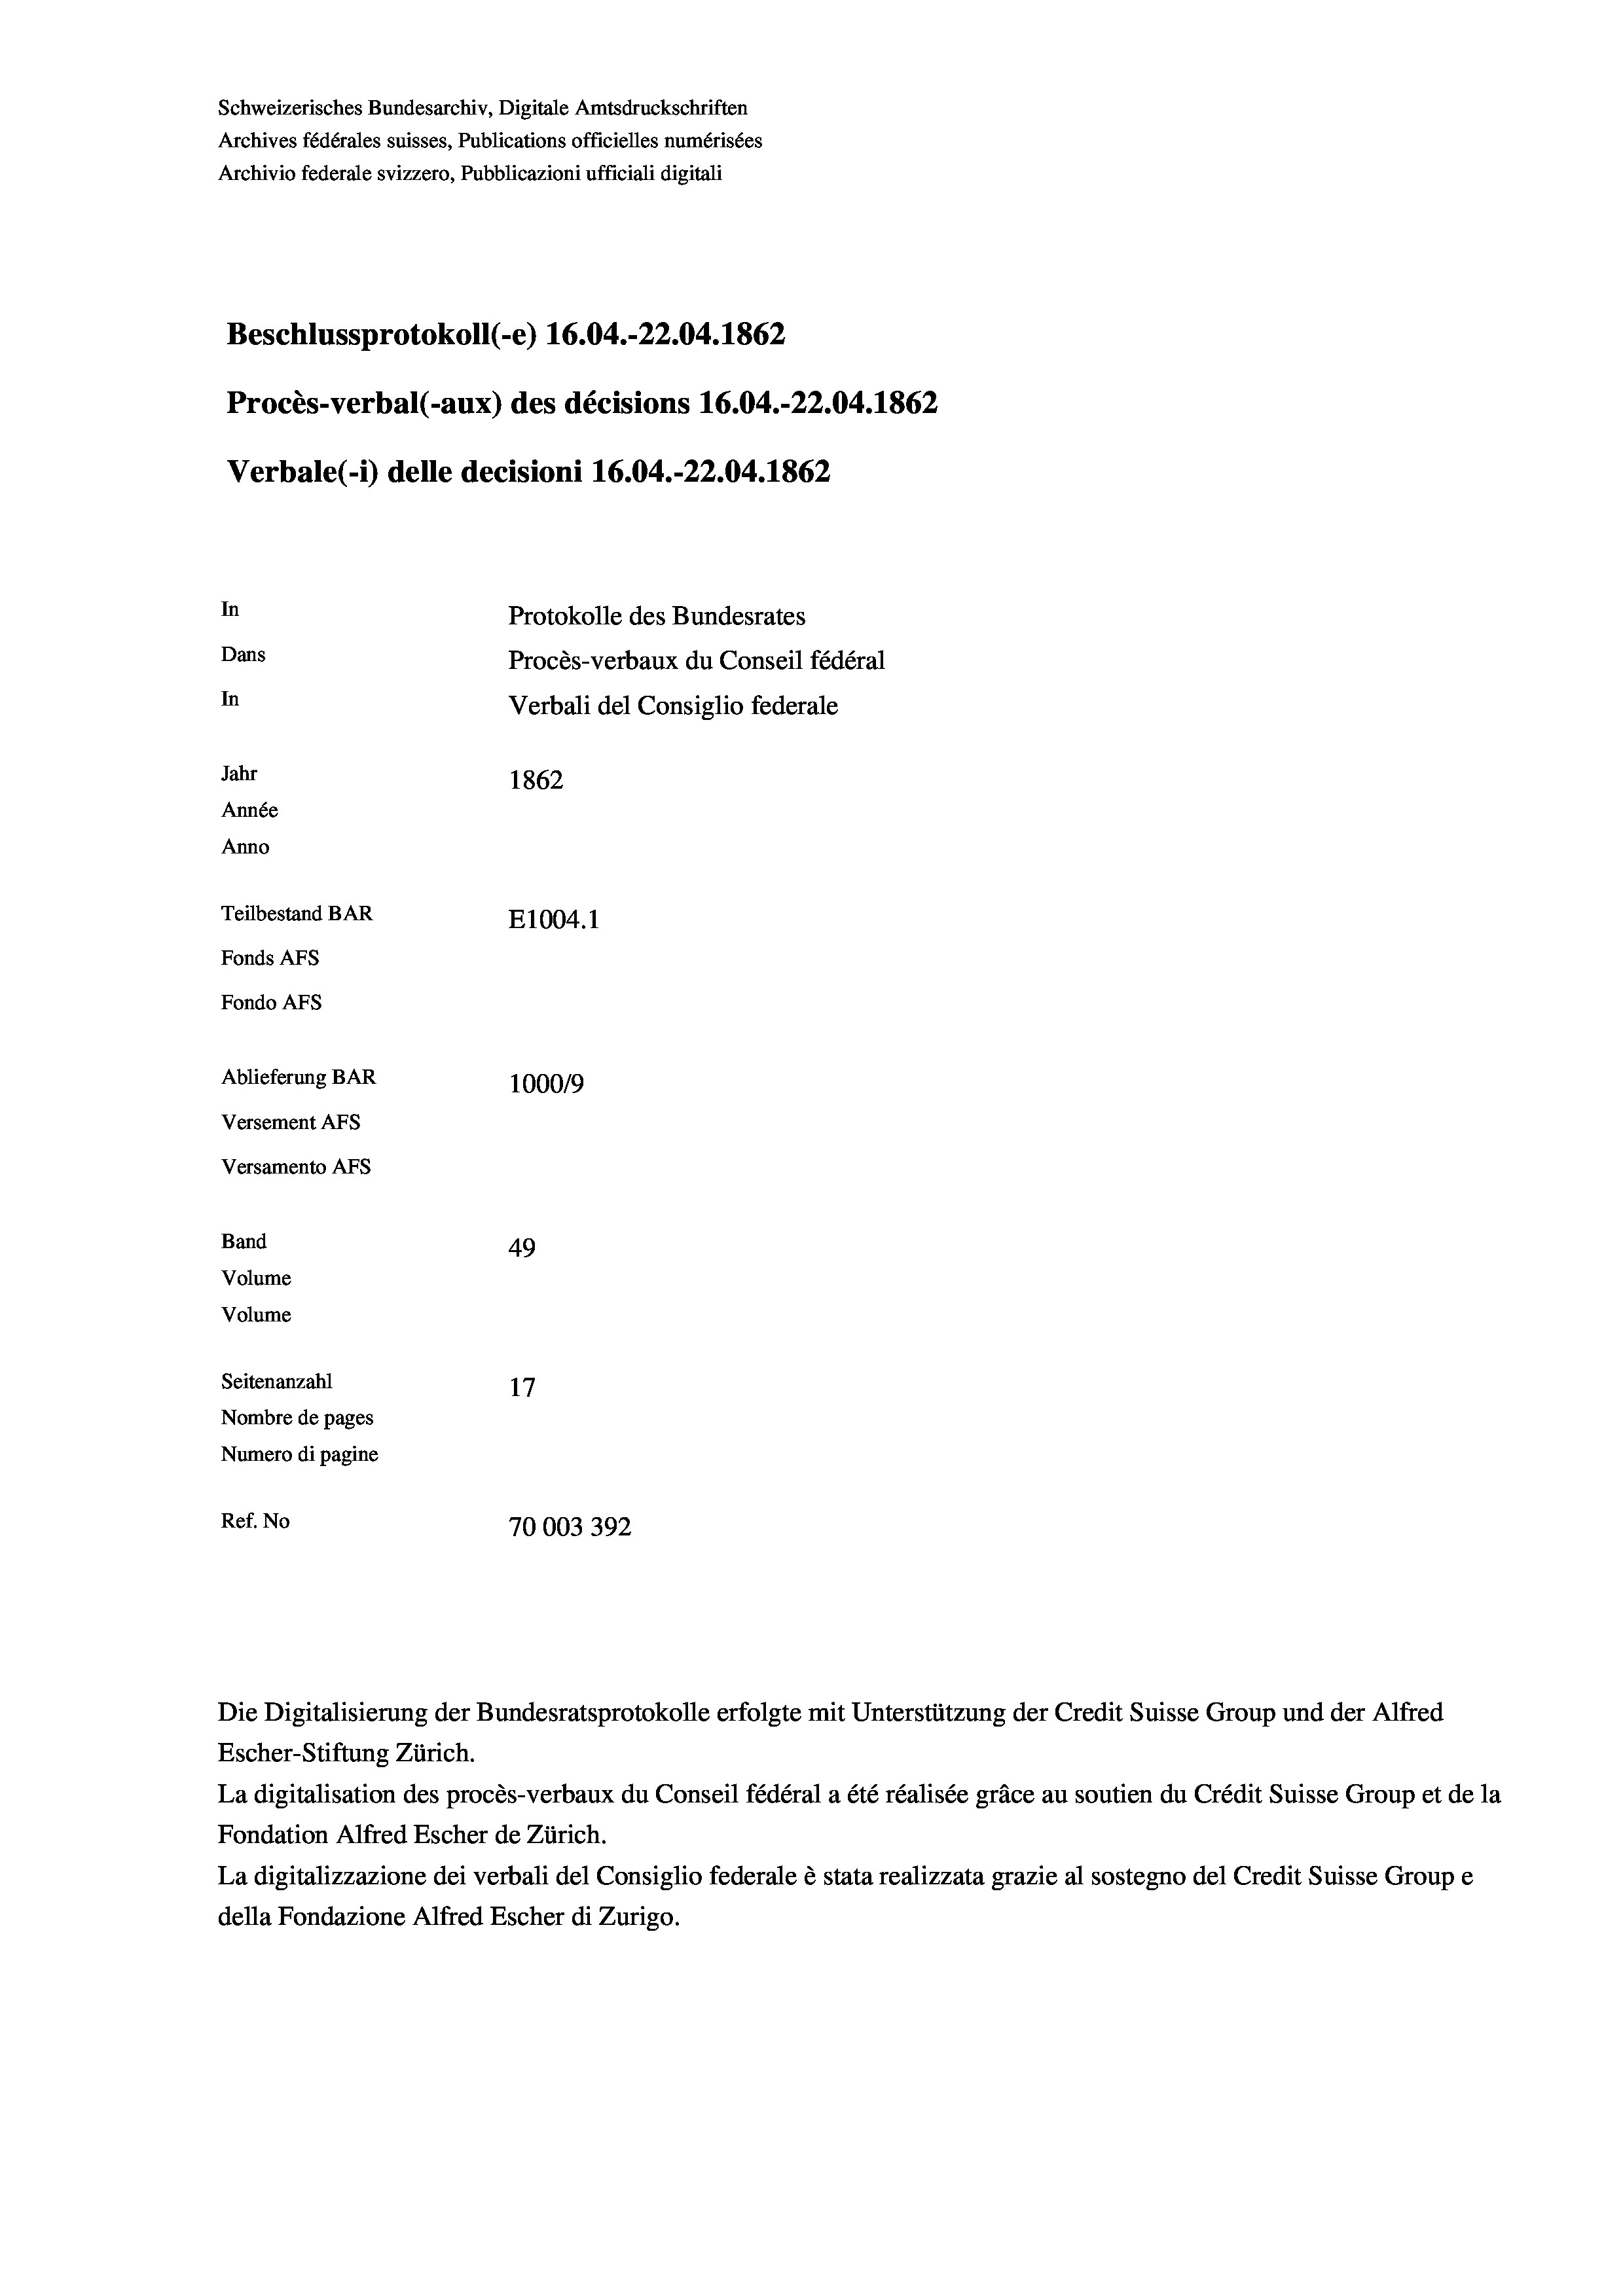
Schweizerisches Bundesarchiv, Digitale Amtsdruckschriften
Archives fédérales suisses, Publications officielles numérisées
Archivio federale svizzero, Pubblicazioni ufficiali digitali
Beschlussprotokoll (-e) 16.04.-22.04. 1862
Procès-verbal (-aux) des décisions 16.04.-22.04. 1862
Verbale(-*) delle decisioni 16.04.-22.04. 1862
In
Protokolle des Bundesrates
Dans
Procès-verbaux du Conseil fédéral
In
Verbali del Consiglio federale
Jahr
1862
Année
Anno
Teilbestand BAR
E1004. 1
Fonds AFs
Fondo Afs
Ablieferung BAR
100019
Versement AFs
Versamento AFs

Band
Volume
Volume

49
Seitenanzahl
17
Nombre de pages
Numero di pagine
Ref. No
70003392

Escher-Stiftung Zürich.
La digitalisation des procès-verbaux du Conseil fédéral a été réalisée gräce au soutien du Crédit Suisse Group et de la
Fondation Alfred Escher de Zürich.
La digitalizzazione dei verbali del Consiglio federale è stata realizzata grazie al sostegno del Credit Suisse Groupe
della Fondazione Alfred Escher di Zurigo.

Die Digitalisierung der Bundesratsprotokolle erfolgte mit Unterstützung der Credit Suisse Group und der Alfred